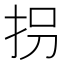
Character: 拐